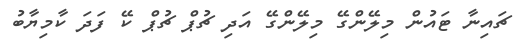
ޗައިނާ ޓައުން މިލޭންގޭ މިލޭންގޭ އަދި ޗުޕް ޗުޕް ކޭ ފަދަ ކާމިޔާބު